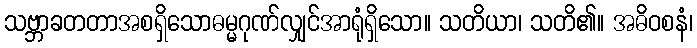
သဗ္ဘာခတတာအစရှိသောဓမ္မဂုဏ်လျှင်အာရုံရှိသော။ သတိယာ၊ သတိ၏။ အဓိဝစနံ၊